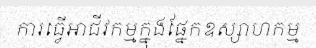
ការធ្វើអាជីវកម្មក្នុងផ្នែកឧស្សាហកម្ម